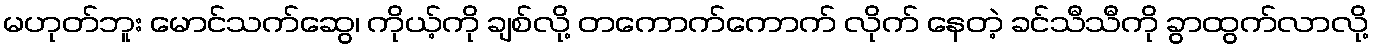
မဟုတ်ဘူး မောင်သက်ဆွေ၊ ကိုယ့်ကို ချစ်လို့ တကောက်ကောက် လိုက် နေတဲ့ ခင်သီသီကို ခွာထွက်လာလို့